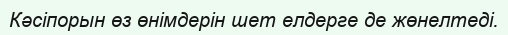
Кәсіпорын өз өнімдерін шет елдерге де жөнелтеді.